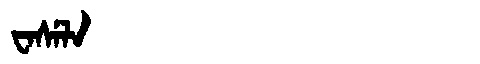
Manchu: ᠸᠠᠰᡝᠯᠠ
Romanization: WASELA